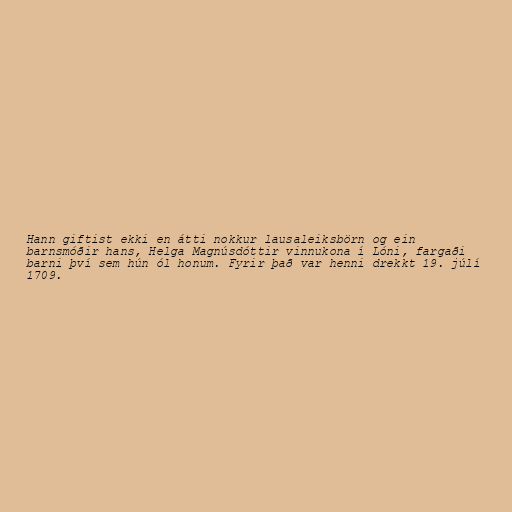
Hann giftist ekki en átti nokkur lausaleiksbörn og ein
barnsmóðir hans, Helga Magnúsdóttir vinnukona í Lóni, fargaði
barni því sem hún ól honum. Fyrir það var henni drekkt 19. júlí
1709.